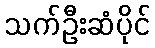
သက်ဦးဆံပိုင်